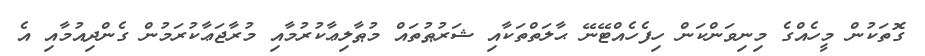
ގޮތަކުން މީހެއްގެ މިނިވަންކަން ހިފެހެއްޓޭނޭ ޙާލަތްތަކާއި ޝަރުޠުތައް މުޠާލިޢާކުރުމާއި މުރާޖަޢާކުރަމުން ގެންދިއުމާއި އެ